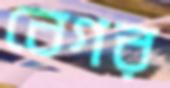
বেগর